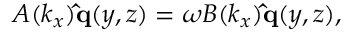
\begin{array} { r } { A ( k _ { x } ) \mathbf { \hat { q } } ( y , z ) = \omega B ( k _ { x } ) \mathbf { \hat { q } } ( y , z ) , } \end{array}